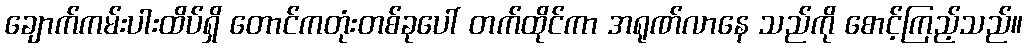
ချောက်ကမ်းပါးထိပ်ရှိ တောင်ကတုံးတစ်ခုပေါ် တက်ထိုင်ကာ အရုဏ်လာနေ သည်ကို စောင့်ကြည့်သည်။